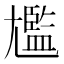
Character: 尷